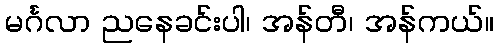
မင်္ဂလာ ညနေခင်းပါ၊ အန်တီ၊ အန်ကယ်။